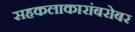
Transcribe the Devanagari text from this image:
सहकलाकारांबरोबर